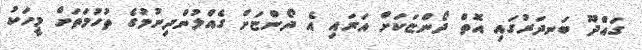
ގައްދޫ ބަނދަރުގައި އޮތް ދޯންޏަކަށް އަރައި އެ ދޯންޏަށް ގެއްލުންދިނުމުގެ ތުހުމަތަށް މީހަކު